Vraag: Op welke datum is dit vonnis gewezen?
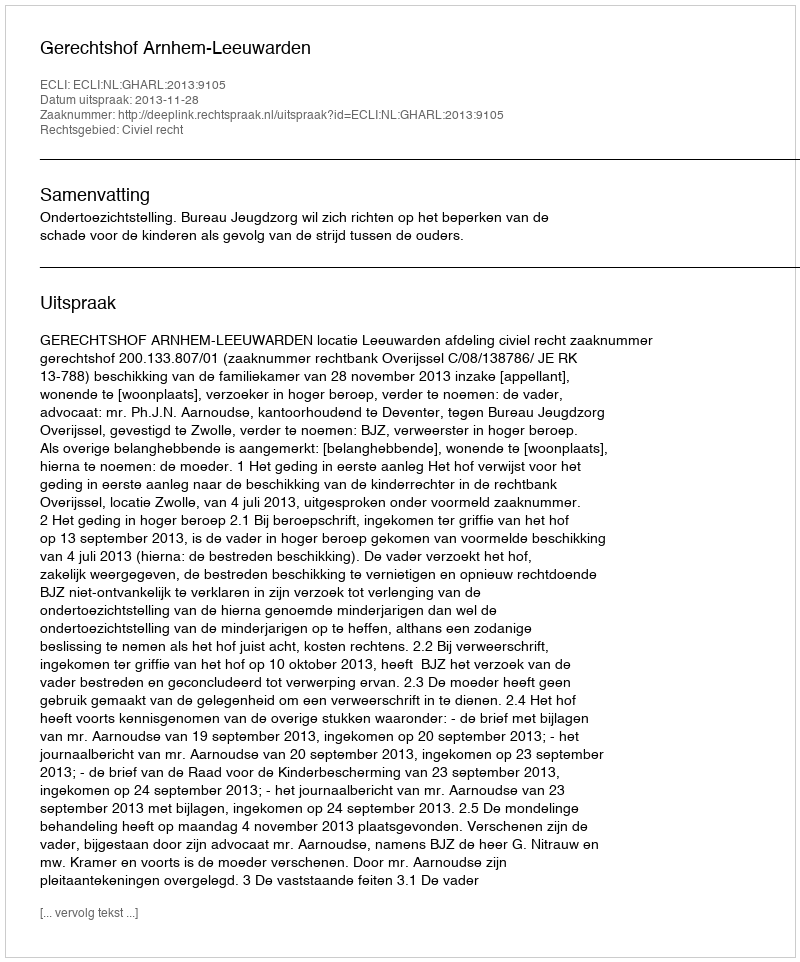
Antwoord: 2013-11-28